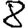
Digit: 8